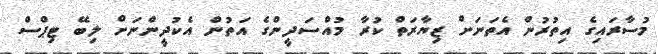
މުސާރައިގެ އިތުރުން އެތަނަށް ޒިޔާރަތް ކުރާ މުއްސަދީންގެ އަތުން އެކުދީންނަށް ލިބޭ ޓިޕްސް